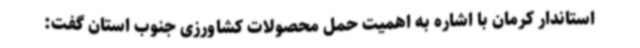
استاندار کرمان با اشاره به اهمیت حمل محصولات کشاورزی جنوب استان گفت: